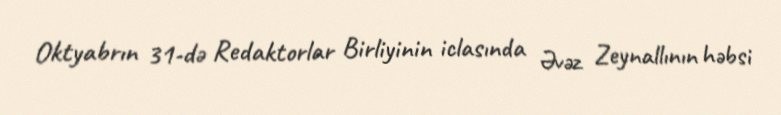
Oktyabrın 31-də Redaktorlar Birliyinin iclasında Əvəz Zeynallının həbsi